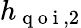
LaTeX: h_{\mathrm{~q~o~i~},2}